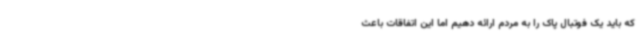
که باید یک فوتبال پاک را به مردم ارائه دهیم اما این اتفاقات باعث